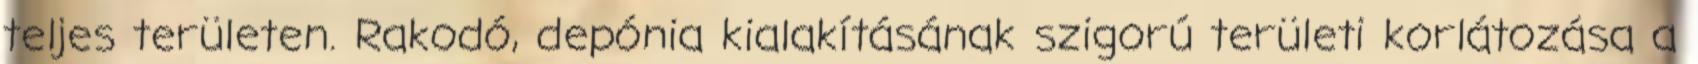
teljes területen. Rakodó, depónia kialakításának szigorú területi korlátozása a